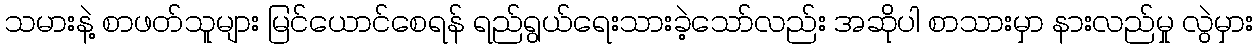
သမားနဲ့ စာဖတ်သူများ မြင်ယောင်စေရန် ရည်ရွယ်ရေးသားခဲ့သော်လည်း အဆိုပါ စာသားမှာ နားလည်မှု လွဲမှား